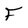
Character: F